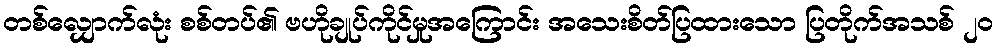
တစ်လျှောက်လုံး စစ်တပ်၏ ဗဟိုချုပ်ကိုင်မှုအကြောင်း အသေးစိတ်ပြထားသော ပြတိုက်အသစ် ၂၀